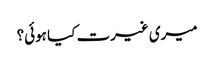
میری غیرت کیا ہوئی؟